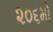
૨૦૬મો